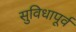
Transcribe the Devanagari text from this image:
सुविधापूर्व